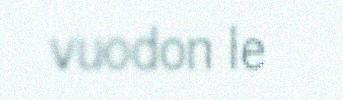
vuodon le